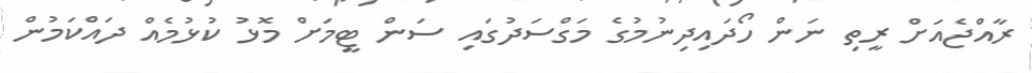
ރާއްޖެއަށް ރީތި ނަން ހޯދައިދިނުމުގެ މަގްސަދުގައި ސަން ޓީމަށް މޮޅު ކުޅުމެއް ދައްކަމުން